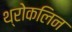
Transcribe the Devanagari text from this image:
थ्रोकलिन